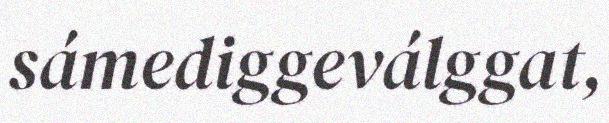
sámediggeválggat,